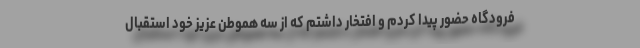
فرودگاه حضور پیدا کردم و افتخار داشتم که از سه هموطن عزیز خود استقبال